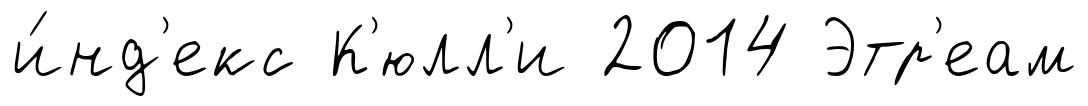
и́нд'екс К'юлл'и 2014 Этр'еам